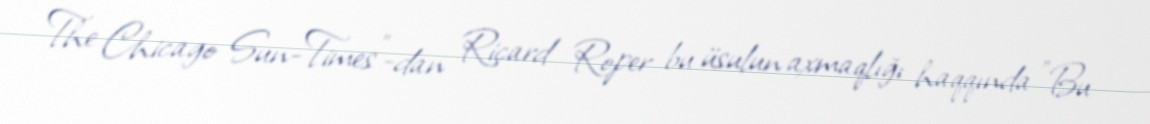
The Chicago Sun-Times"-dan Riçard Roper bu üsulun axmaqlığı haqqında "Bu